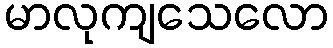
မာလုကျသေလော